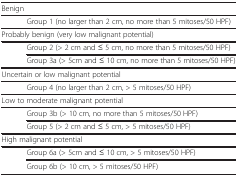
| <COLSPAN=2> Benign |
 | --- | --- |
 |  | Group 1 (no larger than 2 cm, no more than 5 mitoses/50 HPF) |
 | <COLSPAN=2> Probably benign (very low malignant potential) |
 | <ROWSPAN=2>  | Group 2 (> 2 cm and ≤ 5 cm, no more than 5 mitoses/50 HPF) |
 | Group 3a (> 5cm and ≤ 10 cm, no more than 5 mitoses/50 HPF) |
 | <COLSPAN=2> Uncertain or low malignant potential |
 |  | Group 4 (no larger than 2 cm, > 5 mitoses/50 HPF) |
 | <COLSPAN=2> Low to moderate malignant potential |
 |  | Group 3b (> 10 cm, no more than 5 mitoses/50 HPF) |
 |  | Group 5 (> 2 cm and ≤ 5 cm, > 5 mitoses/50 HPF) |
 | <COLSPAN=2> High malignant potential |
 |  | Group 6a (> 5cm and ≤ 10 cm, > 5 mitoses/50 HPF) |
 |  | Group 6b (> 10 cm, > 5 mitoses/50 HPF) |